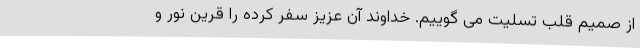
از صمیم قلب تسلیت می گوییم. خداوند آن عزیز سفر کرده را قرین نور و